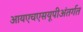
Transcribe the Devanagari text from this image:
आयएचएसयूपीअंतर्गत